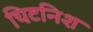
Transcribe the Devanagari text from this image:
चिटनिश